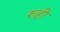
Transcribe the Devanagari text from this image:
रुही